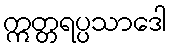
ဣတ္တရပ္ပသာဒေါ